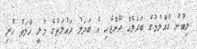
ލިބުނު ގެއްލުމުގެ ބަދަލެއް ދޭންޖެހި އެ ބަދަލު ދައުލަތުގެ މާލީ ހާލަތު ހުރި